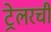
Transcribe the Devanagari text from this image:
ट्रेलरची